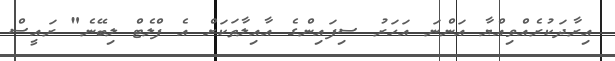
އިރާދަކުރެއްވިއްޔާ އަންނަ އަހަރު ސިފައިންގެ އާއިލާތަކަށް އެ ފްލެޓް ލިބޭނެ" ރައީސް